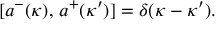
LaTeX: [ a ^ { - } ( \kappa ) , \, a ^ { + } ( \kappa ^ { \prime } ) ] = \delta ( \kappa - \kappa ^ { \prime } ) .